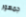
جمهور